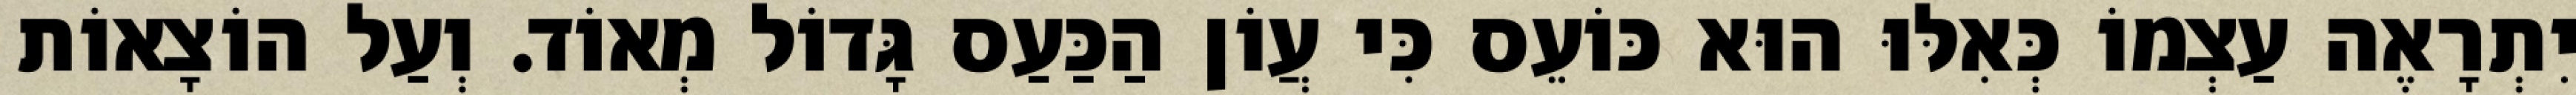
יִתְרָאֶה עַצְמוֹ כְּאִלּוּ הוּא כּוֹעֵס כִּי עֲוֹן הַכַּעַס גָּדוֹל מְאוֹד. וְעַל הוֹצָאוֹת